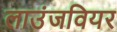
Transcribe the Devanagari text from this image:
लाउंजवियर